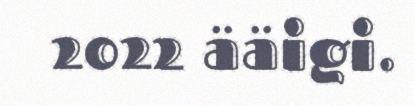
2022 ääigi.